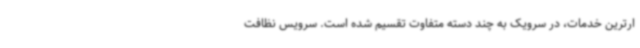
ارترین خدمات، در سرویک به چند دسته متفاوت تقسیم شده است. سرویس نظافت